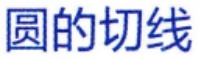
圆的切线